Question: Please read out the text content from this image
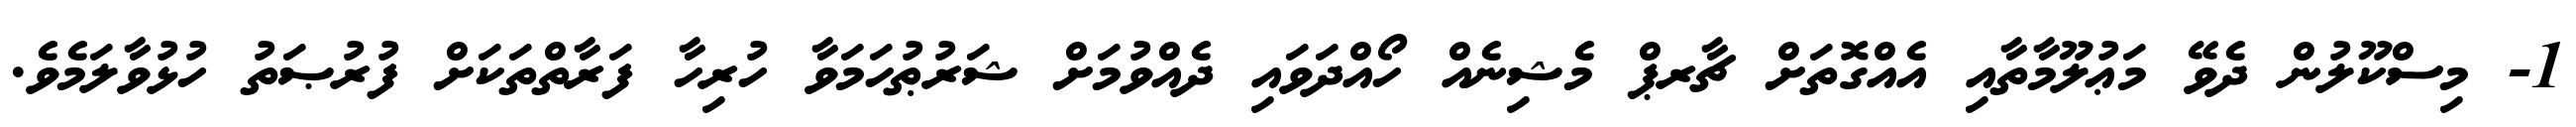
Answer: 1- މިސްކޫލުން ދެވޭ މަޢުލޫމާތާއި އެއްގޮތަށް ޗާރޕް މެޝިނެއް ހޯއްދަވައި ދެއްވުމަށް ޝަރުޠުހަމަވާ ހުރިހާ ފަރާތްތަކަށް ފުރުޞަތު ހުޅުވާލަމެވެ.